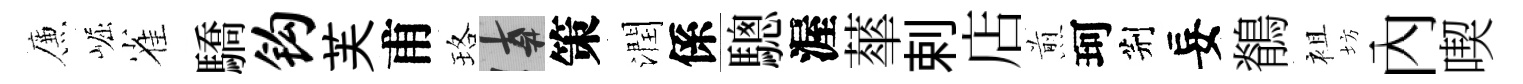
簾崛雀驕钩芙甫珞遲策潤係驄渥蕐剌店煎珂荆妄鶺袓坊內喫